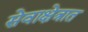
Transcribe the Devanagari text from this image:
सेवाक्षेत्रात